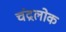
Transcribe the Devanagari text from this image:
चंद्रलोक